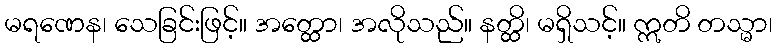
မရဏေန၊ သေခြင်းဖြင့်။ အတ္ထော၊ အလိုသည်။ နတ္ထိ၊ မရှိသင့်။ ဣတိ တသ္မာ၊